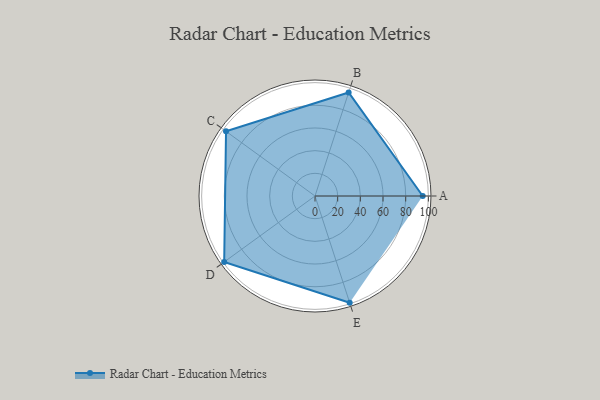
{"axis": {"x": "Skill", "y": "Score"}, "legend": ["Profile"], "data": [{"x": "A", "y": 95.0, "type": "Profile"}, {"x": "B", "y": 96.0, "type": "Profile"}, {"x": "C", "y": 97.0, "type": "Profile"}, {"x": "D", "y": 99, "type": "Profile"}, {"x": "E", "y": 99, "type": "Profile"}]}